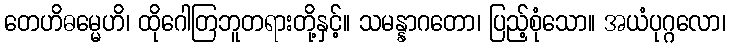
တေဟိဓမ္မေဟိ၊ ထိုဂေါတြဘူတရားတို့နှင့်။ သမန္နာဂတော၊ ပြည့်စုံသော။ အယံပုဂ္ဂလော၊